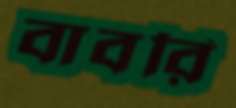
বাবরি